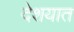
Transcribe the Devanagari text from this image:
देशयात